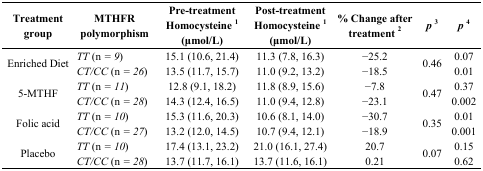
| Treatment group | MTHFR polymorphism | Pre-treatment Homocysteine 1 (μmol/L) | Post-treatment Homocysteine 1 (μmol/L) | % Change after treatment 2 | p3 | p4 |
 | --- | --- | --- | --- | --- | --- | --- |
 | <ROWSPAN=2> Enriched Diet | TT (n = 9) | 15.1 (10.6, 21.4) | 11.3 (7.8, 16.3) | −25.2 | <ROWSPAN=2> 0.46 | 0.07 |
 | CT/CC (n = 26) | 13.5 (11.7, 15.7) | 11.0 (9.2, 13.2) | −18.5 | 0.01 |
 | <ROWSPAN=2> 5-MTHF | TT (n = 11) | 12.8 (9.1, 18.2) | 11.8 (8.9, 15.6) | −7.8 | <ROWSPAN=2> 0.47 | 0.37 |
 | CT/CC (n = 28) | 14.3 (12.4, 16.5) | 11.0 (9.4, 12.8) | −23.1 | 0.002 |
 | <ROWSPAN=2> Folic acid | TT (n = 10) | 15.3 (11.6, 20.3) | 10.6 (8.1, 14.0) | −30.7 | <ROWSPAN=2> 0.35 | 0.01 |
 | CT/CC (n = 27) | 13.2 (12.0, 14.5) | 10.7 (9.4, 12.1) | −18.9 | 0.001 |
 | <ROWSPAN=2> Placebo | TT (n = 10) | 17.4 (13.1, 23.2) | 21.0 (16.1, 27.4) | 20.7 | <ROWSPAN=2> 0.07 | 0.15 |
 | CT/CC (n = 28) | 13.7 (11.7, 16.1) | 13.7 (11.6, 16.1) | 0.21 | 0.62 |